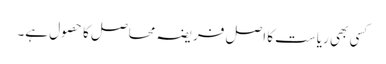
کسی بھی ریاست کا اصل فریضہ محاصل کا حصول ہے۔